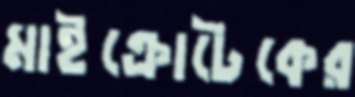
মাইক্রোটেকের